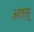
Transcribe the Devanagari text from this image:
अंतस्‌